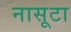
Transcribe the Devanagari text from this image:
नासूटा